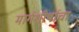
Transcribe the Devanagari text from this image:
मार्गशीर्षाचा